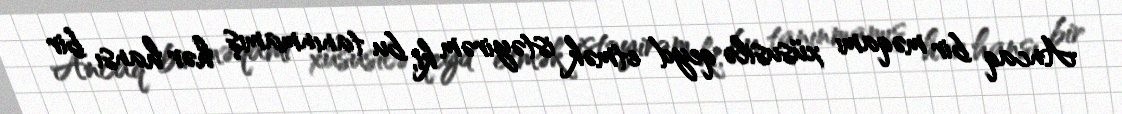
Ancaq bir məqamı xüsusilə qeyd etmək istəyirəm ki, bu tanınmamış hər hansı bir